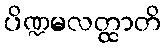
ပိဏ္ဍမလတ္ထာတိ